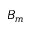
B _ { m }